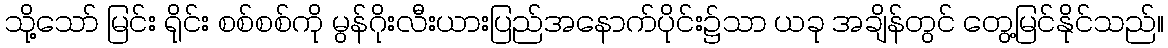
သို့သော် မြင်း ရိုင်း စစ်စစ်ကို မွန်ဂိုးလီးယားပြည်အနောက်ပိုင်း၌သာ ယခု အချိန်တွင် တွေ့မြင်နိုင်သည်။